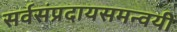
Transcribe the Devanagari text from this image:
सर्वसंप्रदायसमन्वयी